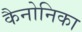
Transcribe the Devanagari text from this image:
कैनोनिका